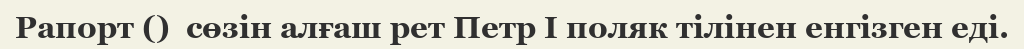
Рапорт ()  сөзін алғаш рет Петр І поляк тілінен енгізген еді.